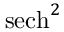
\mathrm { s e c h } ^ { 2 }